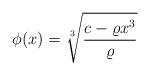
LaTeX: \begin{align*}\phi(x)=\sqrt[3]{\displaystyle\frac{c-\varrho x^3}{\varrho}}\end{align*}